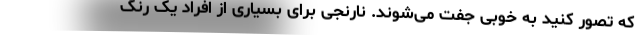
که تصور کنید به خوبی جفت می‌شوند. نارنجی برای بسیاری از افراد یک رنگ